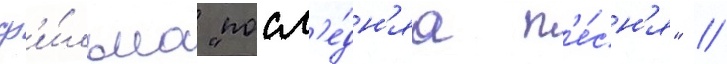
ф'и́льма "посл'е́дн'яа п'е́сн'я" /